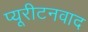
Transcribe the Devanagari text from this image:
प्यूरीटनवाद